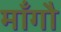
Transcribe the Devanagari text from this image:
माँगौ